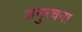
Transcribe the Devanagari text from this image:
अनुरचना